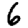
Digit: 6